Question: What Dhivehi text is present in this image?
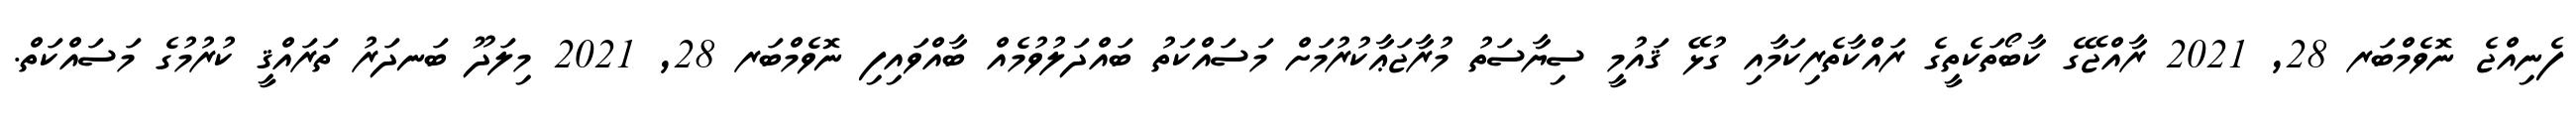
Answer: ފެނިއްޖެ ނޮވެމްބަރ 28, 2021 ރާއްޖޭގެ ކާބޯތަކެތީގެ ރައްކާތެރިކަމާއި ގުޅޭ ޤައުމީ ސިޔާސަތު މުރާޖަޢާކުރުމަށް މަސައްކަތު ބައްދަލުވުމެއް ބާއްވައިފި ނޮވެމްބަރ 28, 2021 މިލަދޫ ބަނދަރު ތަރައްޤީ ކުރުމުގެ މަސައްކަތް.